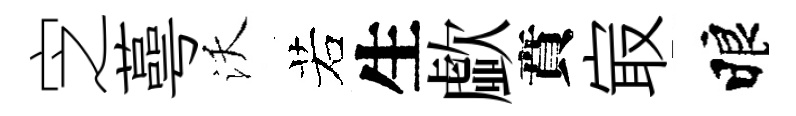
㝎蕚沃若生歔賁㝡睱